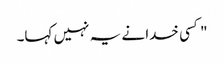
" کسی خدا نے یہ نہیں کہا۔